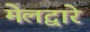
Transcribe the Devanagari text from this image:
मेलद्वारे